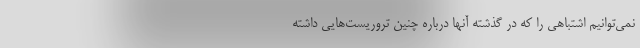
نمی‌توانیم اشتباهی را که در گذشته آنها درباره چنین تروریست‌هایی داشته